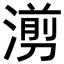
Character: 𪷇